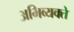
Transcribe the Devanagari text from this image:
अभिव्यक्ते